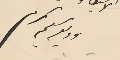
وديع سليم كرم